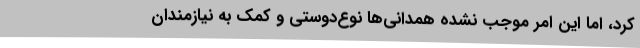
کرد، اما این امر موجب نشده همدانی‌ها نوع‌دوستی و کمک به نیازمندان